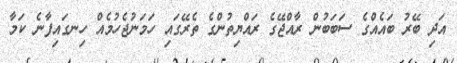
އަދި ބޭރު ބައެއްގެ ސަބަބުން ރާއްޖޭގެ ރައްޔިތުންގެ ތެރޭގައި ހަމަނުޖެހުމެއް ހިނގައިފާނެ ކަމާ